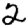
Digit: 2